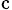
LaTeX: _\mathrm{c}